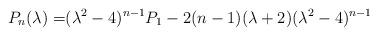
LaTeX: \begin{align*}P_{n}(\lambda)=&(\lambda^2-4)^{n-1}P_{1}-2(n-1)(\lambda+2)(\lambda^2-4)^{n-1}\end{align*}